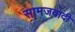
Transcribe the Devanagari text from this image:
सामजवादी